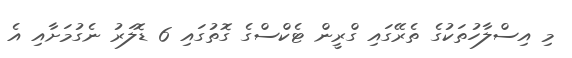
މި އިސްލާހުތަކުގެ ތެރޭގައި ގްރީން ޓެކްސްގެ ގޮތުގައި 6 ޑޮލަރު ނެގުމަށާއި އެ